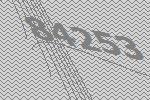
84253